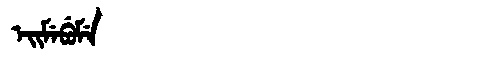
Manchu: ᡝᡳᠮᡝᠪᡠᠮᡝ
Romanization: EIMEBUME